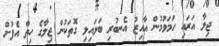
ޖިލާ އަރައި ހަމަވުމުން އާއިޒު އެނބުރި ބަލައިލި ގޮތަކުން ޖިލާގެ ހިތް އެފުށް